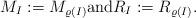
LaTeX: \begin{align*}M_I:=M_{\varrho(I)}\textrm{and}R_I:=R_{\varrho(I)}.\end{align*}